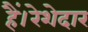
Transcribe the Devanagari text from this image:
हैं।रेशेदार